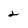
Character: 2